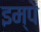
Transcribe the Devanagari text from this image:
इम्पे